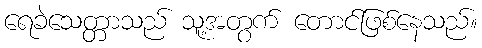
ရေခဲသေတ္တာသည် သူ့အတွက် တောင်ဖြစ်နေသည်။